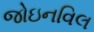
જોઇનવિલ